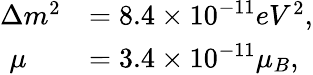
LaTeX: \begin{array}{ll}{{\Delta m^{2}}}&{{=8.4\times 10^{-11}eV^{2},}}\\ {{\, \, \mu}}&{{=3.4\times 10^{-11}\mu_{B},}}\end{array}